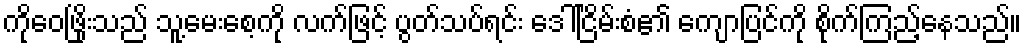
ကိုဝေဖြိုးသည် သူ့မေးစေ့ကို လက်ဖြင့် ပွတ်သပ်ရင်း ဒေါ်ငြိမ်းစံ၏ ကျောပြင်ကို စိုက်ကြည့်နေသည်။